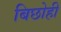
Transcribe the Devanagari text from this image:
बिछोही